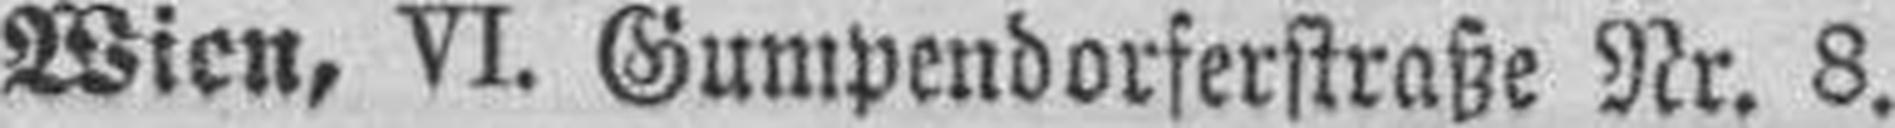
Wien, VI. Gumpendorferstraße Nr. 8.